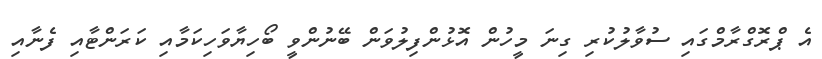
އެ ޕްރޮގްރާމްގައި ސުވާލުކުރި ގިނަ މީހުން އޮޅުންފިލުވަން ބޭނުންވީ ބޯހިޔާވަހިކަމާއި ކަރަންޓާއި ފެނާއި